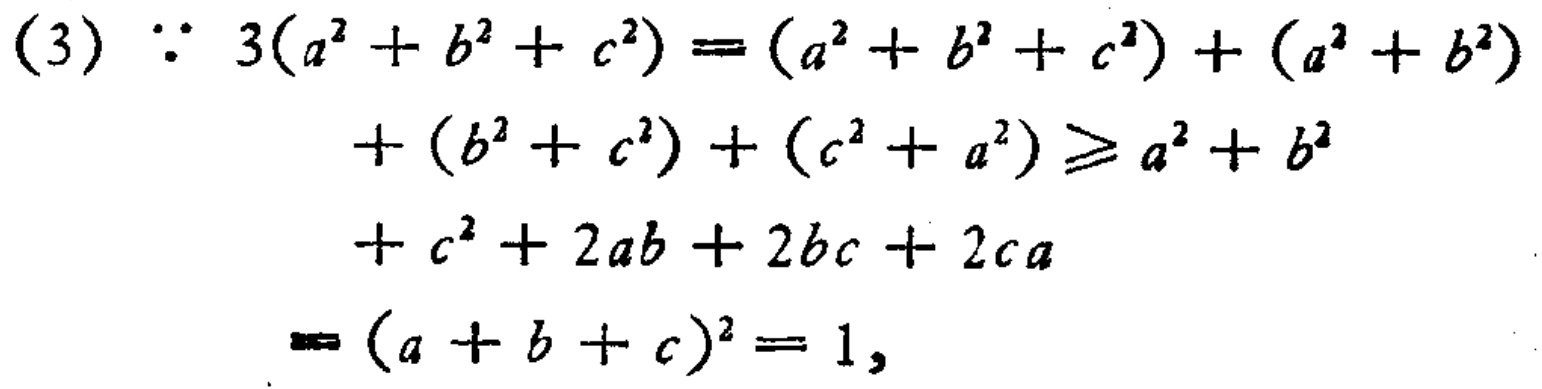
\begin{align*}
(3)\ \because\ 3(a^{2}+b^{2}+c^{2})&=(a^{2}+b^{2}+c^{2})+(a^{2}+b^{2})\\
&+(b^{2}+c^{2})+(c^{2}+a^{2})\geq a^{2}+b^{2}\\
&+c^{2}+2ab + 2bc+2ca\\
&=(a + b + c)^{2}=1,
\end{align*}